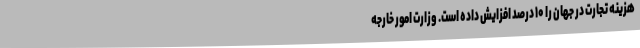
هزینه تجارت در جهان را ۱۰ درصد افزایش داده است. وزارت امور خارجه